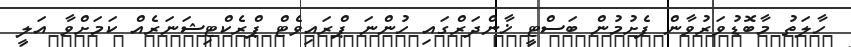
ހާލަތު މާބޮޑުވަރުވާން ފެށުމުން ބަސްޓީ ޚާންދަރްގައި ހުންނަ ޕްރައިވެޓް ޕްރެކްޓިޝަނަރެއް ކަމަށްވާ އަލީ